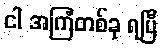
ငါ အကြံတစ်ခု ရပြီ